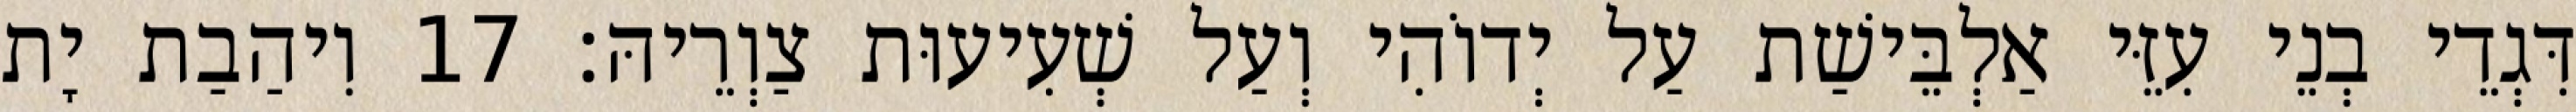
דִּגְדֵי בְנֵי עִזֵּי אַלְבֵּישַׁת עַל יְדוֹהִי וְעַל שְׁעִיעוּת צַוְרֵיהּ׃ 17 וִיהַבַת יָת